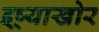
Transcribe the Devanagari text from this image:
इष्र्याखोर